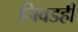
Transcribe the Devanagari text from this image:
निवडही